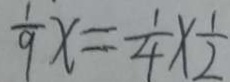
\frac { 1 } { 9 } x = \frac { 1 } { 4 } \times \frac { 1 } { 2 }